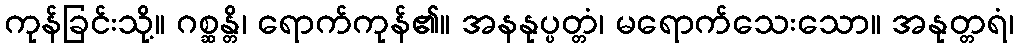
ကုန်ခြင်းသို့။ ဂစ္ဆန္တိ၊ ရောက်ကုန်၏။ အနနုပ္ပတ္တံ၊ မရောက်သေးသော။ အနုတ္တရံ၊